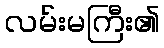
လမ်းမကြီး၏